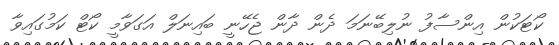
ކޯޓަކުން އިންސާފު ނުލިބޭނަމަ ދެން ދާން ޖެހޭނީ ބައިނަލް އަގަވާމީ ކޯޓް ކަމުގައިވާ